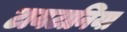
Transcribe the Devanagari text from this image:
टायटानिया